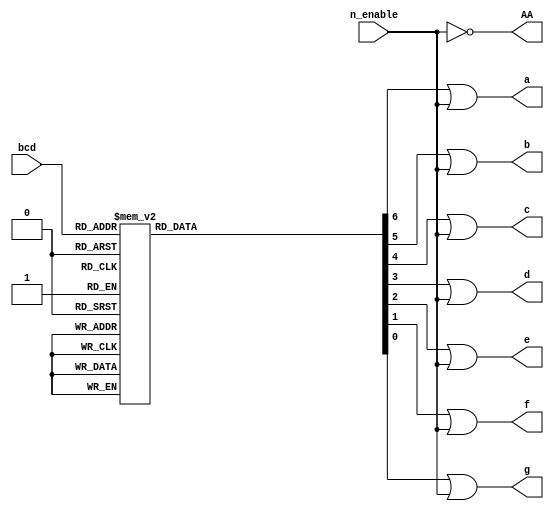
//		Converts BCD to seven segment display control signals
//
//		Port	: enable	: in	: enable connection.
//				: bcd		: in	: bcd input.
//				: a -- g	: out 	: output control signals.
//				: AA		: out	: anode enable
//	
//			


module BcdSevenSegment 
	( n_enable, bcd, a, b, c, d, e, f, g, AA);
	
	input n_enable;
	input [3:0] bcd;
	
	output wire a, b, c, d, e, f, g, AA;
	
	reg [6:0] out;
	
	always@(bcd or n_enable) begin
		
		case(bcd)
			4'h0: 		out = 7'b0000001;
			4'h1: 		out = 7'b1001111;
			4'h2: 		out = 7'b0010010;
			4'h3: 		out = 7'b0000110;
			4'h4: 		out = 7'b1001100;
			4'h5: 		out = 7'b0100100;
			4'h6: 		out = 7'b0100000;
			4'h7:		out = 7'b0001111;
			4'h8: 		out = 7'b0000000;
			4'h9: 		out = 7'b0000100;
			default: 	out = 7'b0000001;
		endcase
		
	end
	
	assign AA = ~n_enable;
	
	assign a = out[6] | n_enable;
	assign b = out[5] | n_enable;
	assign c = out[4] | n_enable;
	assign d = out[3] | n_enable;
	assign e = out[2] | n_enable;
	assign f = out[1] | n_enable;
	assign g = out[0] | n_enable;
	
endmodule